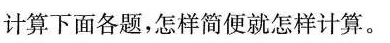
计算下面各题，怎样简便就怎样计算。